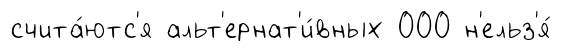
счита́ютс'я альт'ернат'и́вных 000 н'ельз'я́